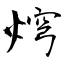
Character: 焪